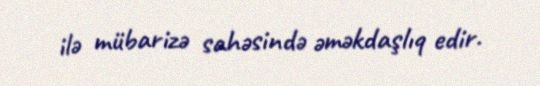
ilə mübarizə sahəsində əməkdaşlıq edir.